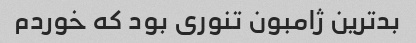
بدترین ژامبون تنوری بود که خوردم